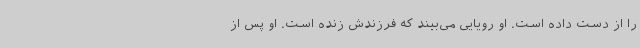
را از دست داده است. او رویایی می‌بیند که فرزندش زنده است. او پس از